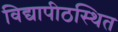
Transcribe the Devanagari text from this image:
विद्यापीठस्थित